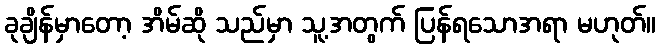
ခုချိန်မှာတော့ အိမ်ဆို သည်မှာ သူ့အတွက် ပြန်ရသောအရာ မဟုတ်။